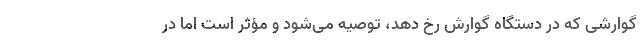
گوارشی که در دستگاه گوارش رخ دهد، توصیه می‌شود و مؤثر است اما در